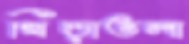
খিড়াতলা